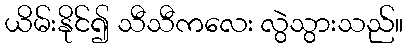
ယိမ်းနိုင်၍ သီသီကလေး လွဲသွားသည်။